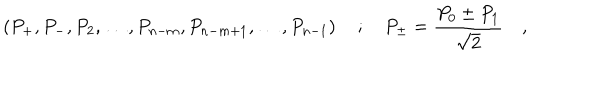
\left( P _ { + } , P _ { - } , P _ { 2 } , \ldots , P _ { n - m } , P _ { n - m + 1 } , \ldots , P _ { n - 1 } \right) \quad ; \quad P _ { \pm } = \frac { P _ { 0 } \pm P _ { 1 } } { \sqrt { 2 } } \quad ,